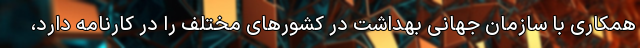
همکاری با سازمان جهانی بهداشت در کشورهای مختلف را در کارنامه دارد،